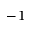
^ { - 1 }